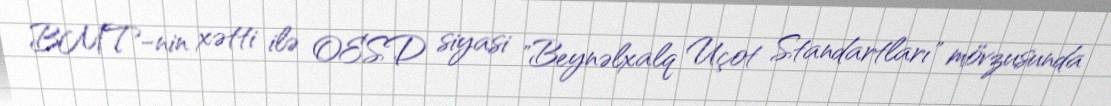
BMT-nin xətti ilə OESD siyasi "Beynəlxalq Uçot Standartları" mövzusunda